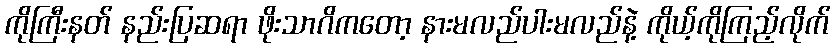
ကိုကြီးနတ် နည်းပြဆရာ ဖိုးသာဂိကတော့ နားမလည်ပါးမလည်နဲ့ ကိုယ့်ကိုကြည့်လိုက်